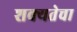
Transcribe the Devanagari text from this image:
शक्यतेचा